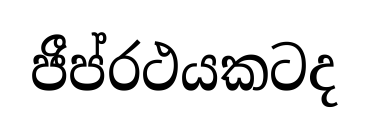
ජීප්රථයකටද